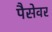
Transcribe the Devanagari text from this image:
पैसेवर